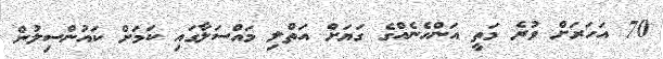
70 އަހަރަށް ވުރެ މަތީ އަންހެނެއްގެ ގަޔަށް އަތްލި މައްސަލާގައި ކަމަށް ކައުންސިލުން